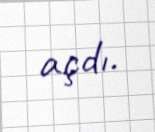
açdı.